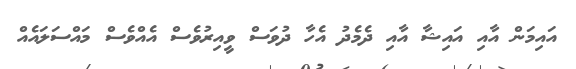
އައިމަން އާއި އައިޝާ އާއި ދެމެދު އެހާ ދުވަސް ވީއިރުވެސް އެއްވެސް މައްސަލައެއް